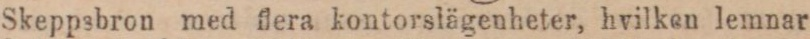
Skeppsbron med flera kontorslägenheter, hvilken lemnar